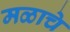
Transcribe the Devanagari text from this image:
मळाचे